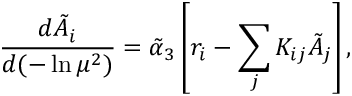
{ \frac { d \tilde { A } _ { i } } { d ( - \ln \mu ^ { 2 } ) } } = \tilde { \alpha } _ { 3 } \left[ r _ { i } - \sum _ { j } K _ { i j } \tilde { A } _ { j } \right] ,